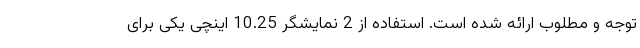
توجه و مطلوب ارائه شده است. استفاده از 2 نمایشگر 10.25 اینچی یکی برای